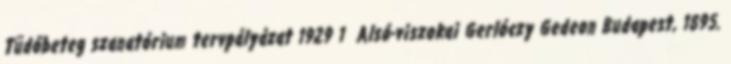
Tüdőbeteg szanatórium tervpályázat 1929 1 Alsó-viszokai Gerlóczy Gedeon Budapest, 1895.